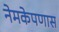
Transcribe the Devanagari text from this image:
नेमकेपणास